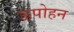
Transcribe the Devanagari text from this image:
ऊपोहन